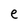
Character: e